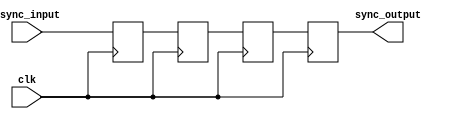
module cascade_synchronizer (
  input wire clk,
  input wire async_input,
  output reg sync_output
);

reg [4:0] stage1;
reg [4:0] stage2;
reg [4:0] stage3;

// Timing control block
always @(posedge clk) begin
  stage1 <= async_input;
  stage2 <= stage1;
  stage3 <= stage2;
end

// Synchronization block
always @(posedge clk) begin
  sync_output <= stage3;
end

endmodule